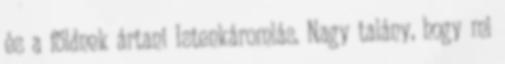
és a földnek ártani Istenkáromlás. Nagy talány, hogy mi